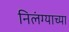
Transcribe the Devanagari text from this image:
निलंग्याच्या